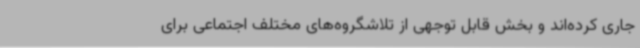
جاری کرده‌اند و بخش قابل توجهی از تلاشگروه‌های مختلف اجتماعی برای